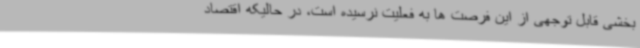
بخشی قابل توجهی از این فرصت ها به فعلیت نرسیده است، در حالیکه اقتصاد